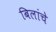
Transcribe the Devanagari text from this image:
बिलांचे